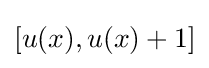
[u(x),u(x)+1]